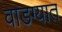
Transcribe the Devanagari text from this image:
वाडग्यात